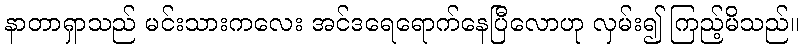
နာတာရှာသည် မင်းသားကလေး အင်ဒရေရောက်နေပြီလောဟု လှမ်း၍ ကြည့်မိသည်။